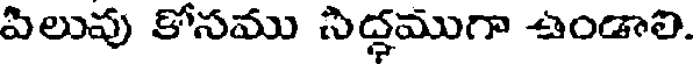
పిలుపు కోసము సిద్ధముగా ఉండాలి.